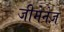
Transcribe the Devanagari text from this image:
जीमेनेज़